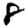
Digit: 8